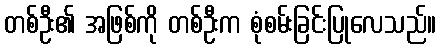
တစ်ဦး၏ အဖြစ်ကို တစ်ဦးက စုံစမ်းခြင်းပြုလေသည်။